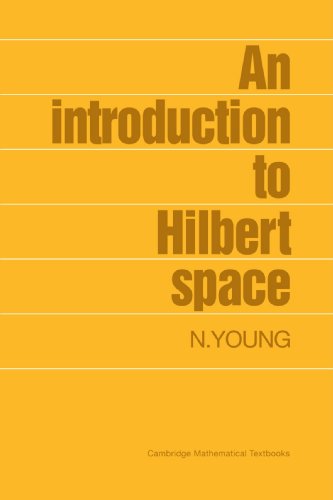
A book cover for An Introduction to Hilbert Space (Cambridge Mathematical Textbooks); N. Young; Science & Math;